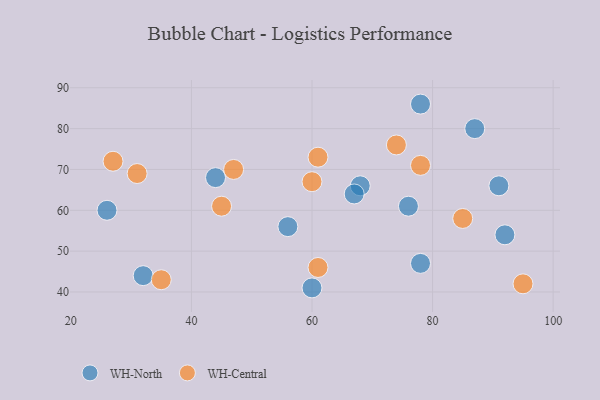
{"axis": {"x": "GDP", "y": "Life Expectancy"}, "legend": ["WH-Central", "WH-North"], "data": [{"x": "68", "y": 66, "type": "WH-North"}, {"x": "32", "y": 44, "type": "WH-North"}, {"x": "78", "y": 47, "type": "WH-North"}, {"x": "76", "y": 61, "type": "WH-North"}, {"x": "91", "y": 66, "type": "WH-North"}, {"x": "78", "y": 86, "type": "WH-North"}, {"x": "67", "y": 64, "type": "WH-North"}, {"x": "60", "y": 41, "type": "WH-North"}, {"x": "87", "y": 80, "type": "WH-North"}, {"x": "26", "y": 60, "type": "WH-North"}, {"x": "56", "y": 56, "type": "WH-North"}, {"x": "44", "y": 68, "type": "WH-North"}, {"x": "92", "y": 54, "type": "WH-North"}, {"x": "74", "y": 76, "type": "WH-Central"}, {"x": "95", "y": 42, "type": "WH-Central"}, {"x": "35", "y": 43, "type": "WH-Central"}, {"x": "61", "y": 46, "type": "WH-Central"}, {"x": "85", "y": 58, "type": "WH-Central"}, {"x": "61", "y": 73, "type": "WH-Central"}, {"x": "78", "y": 71, "type": "WH-Central"}, {"x": "47", "y": 70, "type": "WH-Central"}, {"x": "45", "y": 61, "type": "WH-Central"}, {"x": "60", "y": 67, "type": "WH-Central"}, {"x": "27", "y": 72, "type": "WH-Central"}, {"x": "31", "y": 69, "type": "WH-Central"}]}